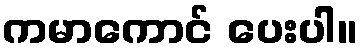
ကမာကောင် ပေးပါ။